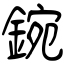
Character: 鋺